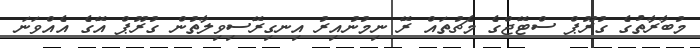
މުބާރާތުގެ ގުރޫޕް ސްޓޭޖްގެ މެޗުތައް ރޭ ނިމުނުއިރު އިނގިރޭސިވިލާތުން ގުރޫޕް އޭގެ އެއްވަނަ